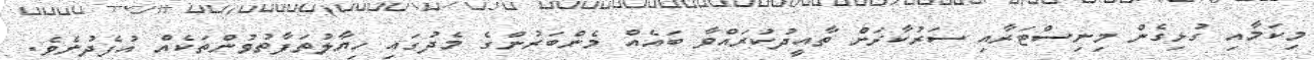
މިކަމާއި ގުޅިގެން މިނިސްޓަރާއި ސަރުކާރަށް ތާއީދުކުރައްވާ ބައެއް މެންބަރުންގެ މެދުގައި ހިޔާލުތަފާތުވުންތަކެއް އުފެދުނެެވެ.